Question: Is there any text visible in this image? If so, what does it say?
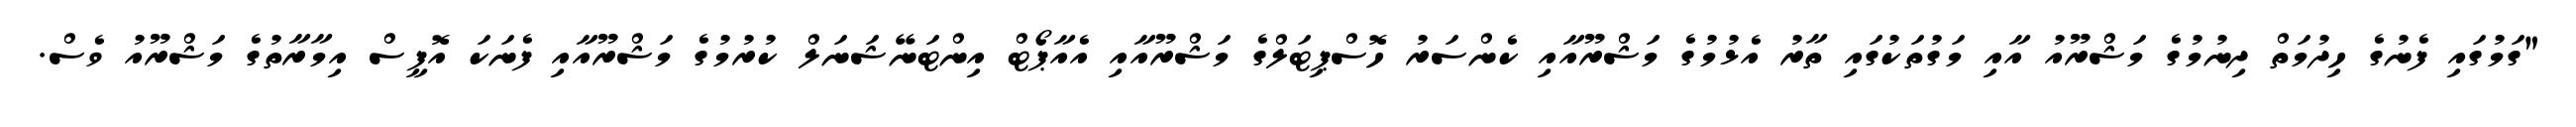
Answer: "ގަމުގައި ފެނުގެ ހިދުމަތް ދިނުމުގެ މަޝްރޫއު އާއި މަގުތަކުގައި ތާރު އެޅުމުގެ މަޝްރޫއާއި ކެންސަރު ހޮސްޕިޓަލްގެ މަޝްރޫއާއި އެއާޕޯޓް އިންޓަނޭޝަނަލް ކުރުމުގެ މަޝްރޫއާއި ފެނަކަ އޮފީސް އިމާރާތުގެ މަޝްރޫއު ވެސް.